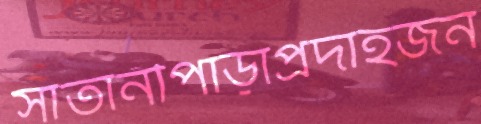
সাতানীপাড়াপ্রদাহজন